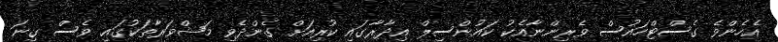
އެހެންވެ ގެސްޓްހައުސް ވެރިންނާއެކު ކައުންސިލް އިދާރާގައި ކުރިއަށް ގެންދެވި މަޝްވަރާތަކުގައި ވެސް ގިނަ